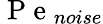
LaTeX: \mathrm{~P~e~}_{noise}